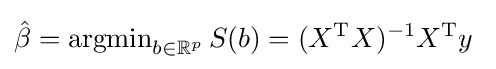
{\hat {\beta }}=\operatorname {argmin} _{b\in \mathbb {R} ^{p}}S(b)=(X^{\operatorname {T} }X)^{-1}X^{\operatorname {T} }y\